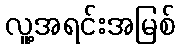
လူ့အရင်းအမြစ်